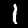
Label: 1